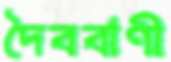
দৈববাণী